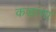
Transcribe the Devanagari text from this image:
कडाणा